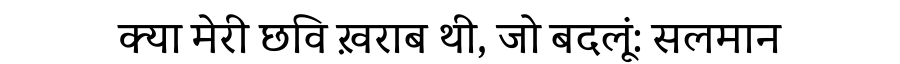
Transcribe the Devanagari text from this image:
क्या मेरी छवि ख़राब थी, जो बदलूं: सलमान